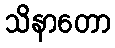
သိနာတော